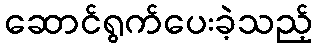
ဆောင်ရွက်ပေးခဲ့သည့်